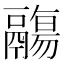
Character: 鬺